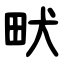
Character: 畎